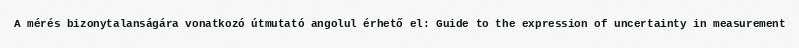
A mérés bizonytalanságára vonatkozó útmutató angolul érhető el: Guide to the expression of uncertainty in measurement